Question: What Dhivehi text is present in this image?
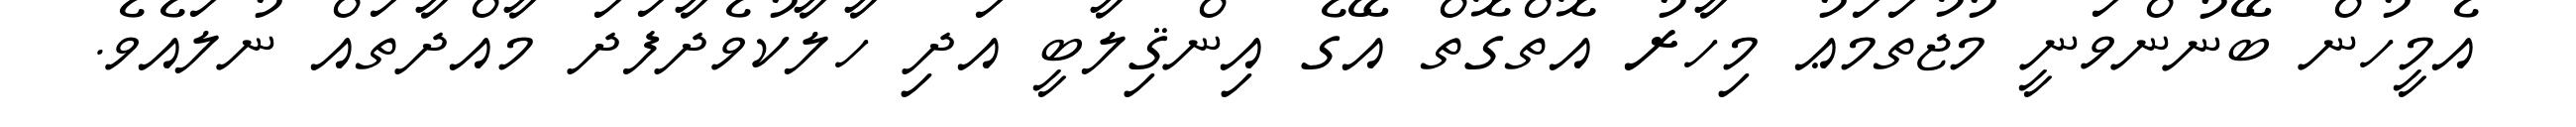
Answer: އެމީހުން ބޭނުންވަނީ މުޖުތަމަޢު މިހާރު އޮތްގޮތް އޭގެ އިންޤިލާބީ އަދި ހާލާކުވެދާފަދަ މާއްދާތައް ނުލައެވެ.